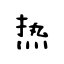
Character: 热